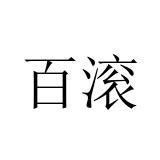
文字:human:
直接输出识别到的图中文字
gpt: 百滚